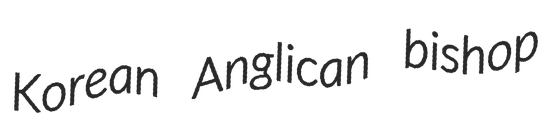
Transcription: Korean Anglican bishop